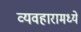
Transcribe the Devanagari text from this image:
व्यवहारामध्ये